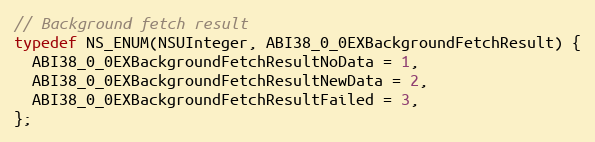
Language: C
// Background fetch result
typedef NS_ENUM(NSUInteger, ABI38_0_0EXBackgroundFetchResult) {
  ABI38_0_0EXBackgroundFetchResultNoData = 1,
  ABI38_0_0EXBackgroundFetchResultNewData = 2,
  ABI38_0_0EXBackgroundFetchResultFailed = 3,
};